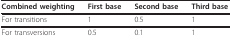
<table><thead><tr><td><b>Combined weighting</b></td><td><b>First base</b></td><td><b>Second base</b></td><td><b>Third base</b></td></tr></thead><tbody><tr><td>For transitions</td><td>1</td><td>0.5</td><td>1</td></tr><tr><td>For transversions</td><td>0.5</td><td>0.1</td><td>1</td></tr></tbody></table>